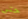
حتى